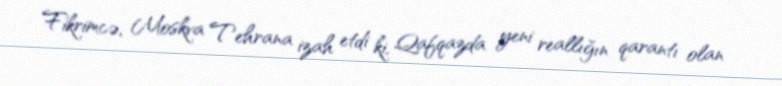
Fikrimcə, Moskva Tehrana izah etdi ki, Qafqazda yeni reallığın qarantı olan